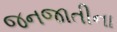
જનજાતીના